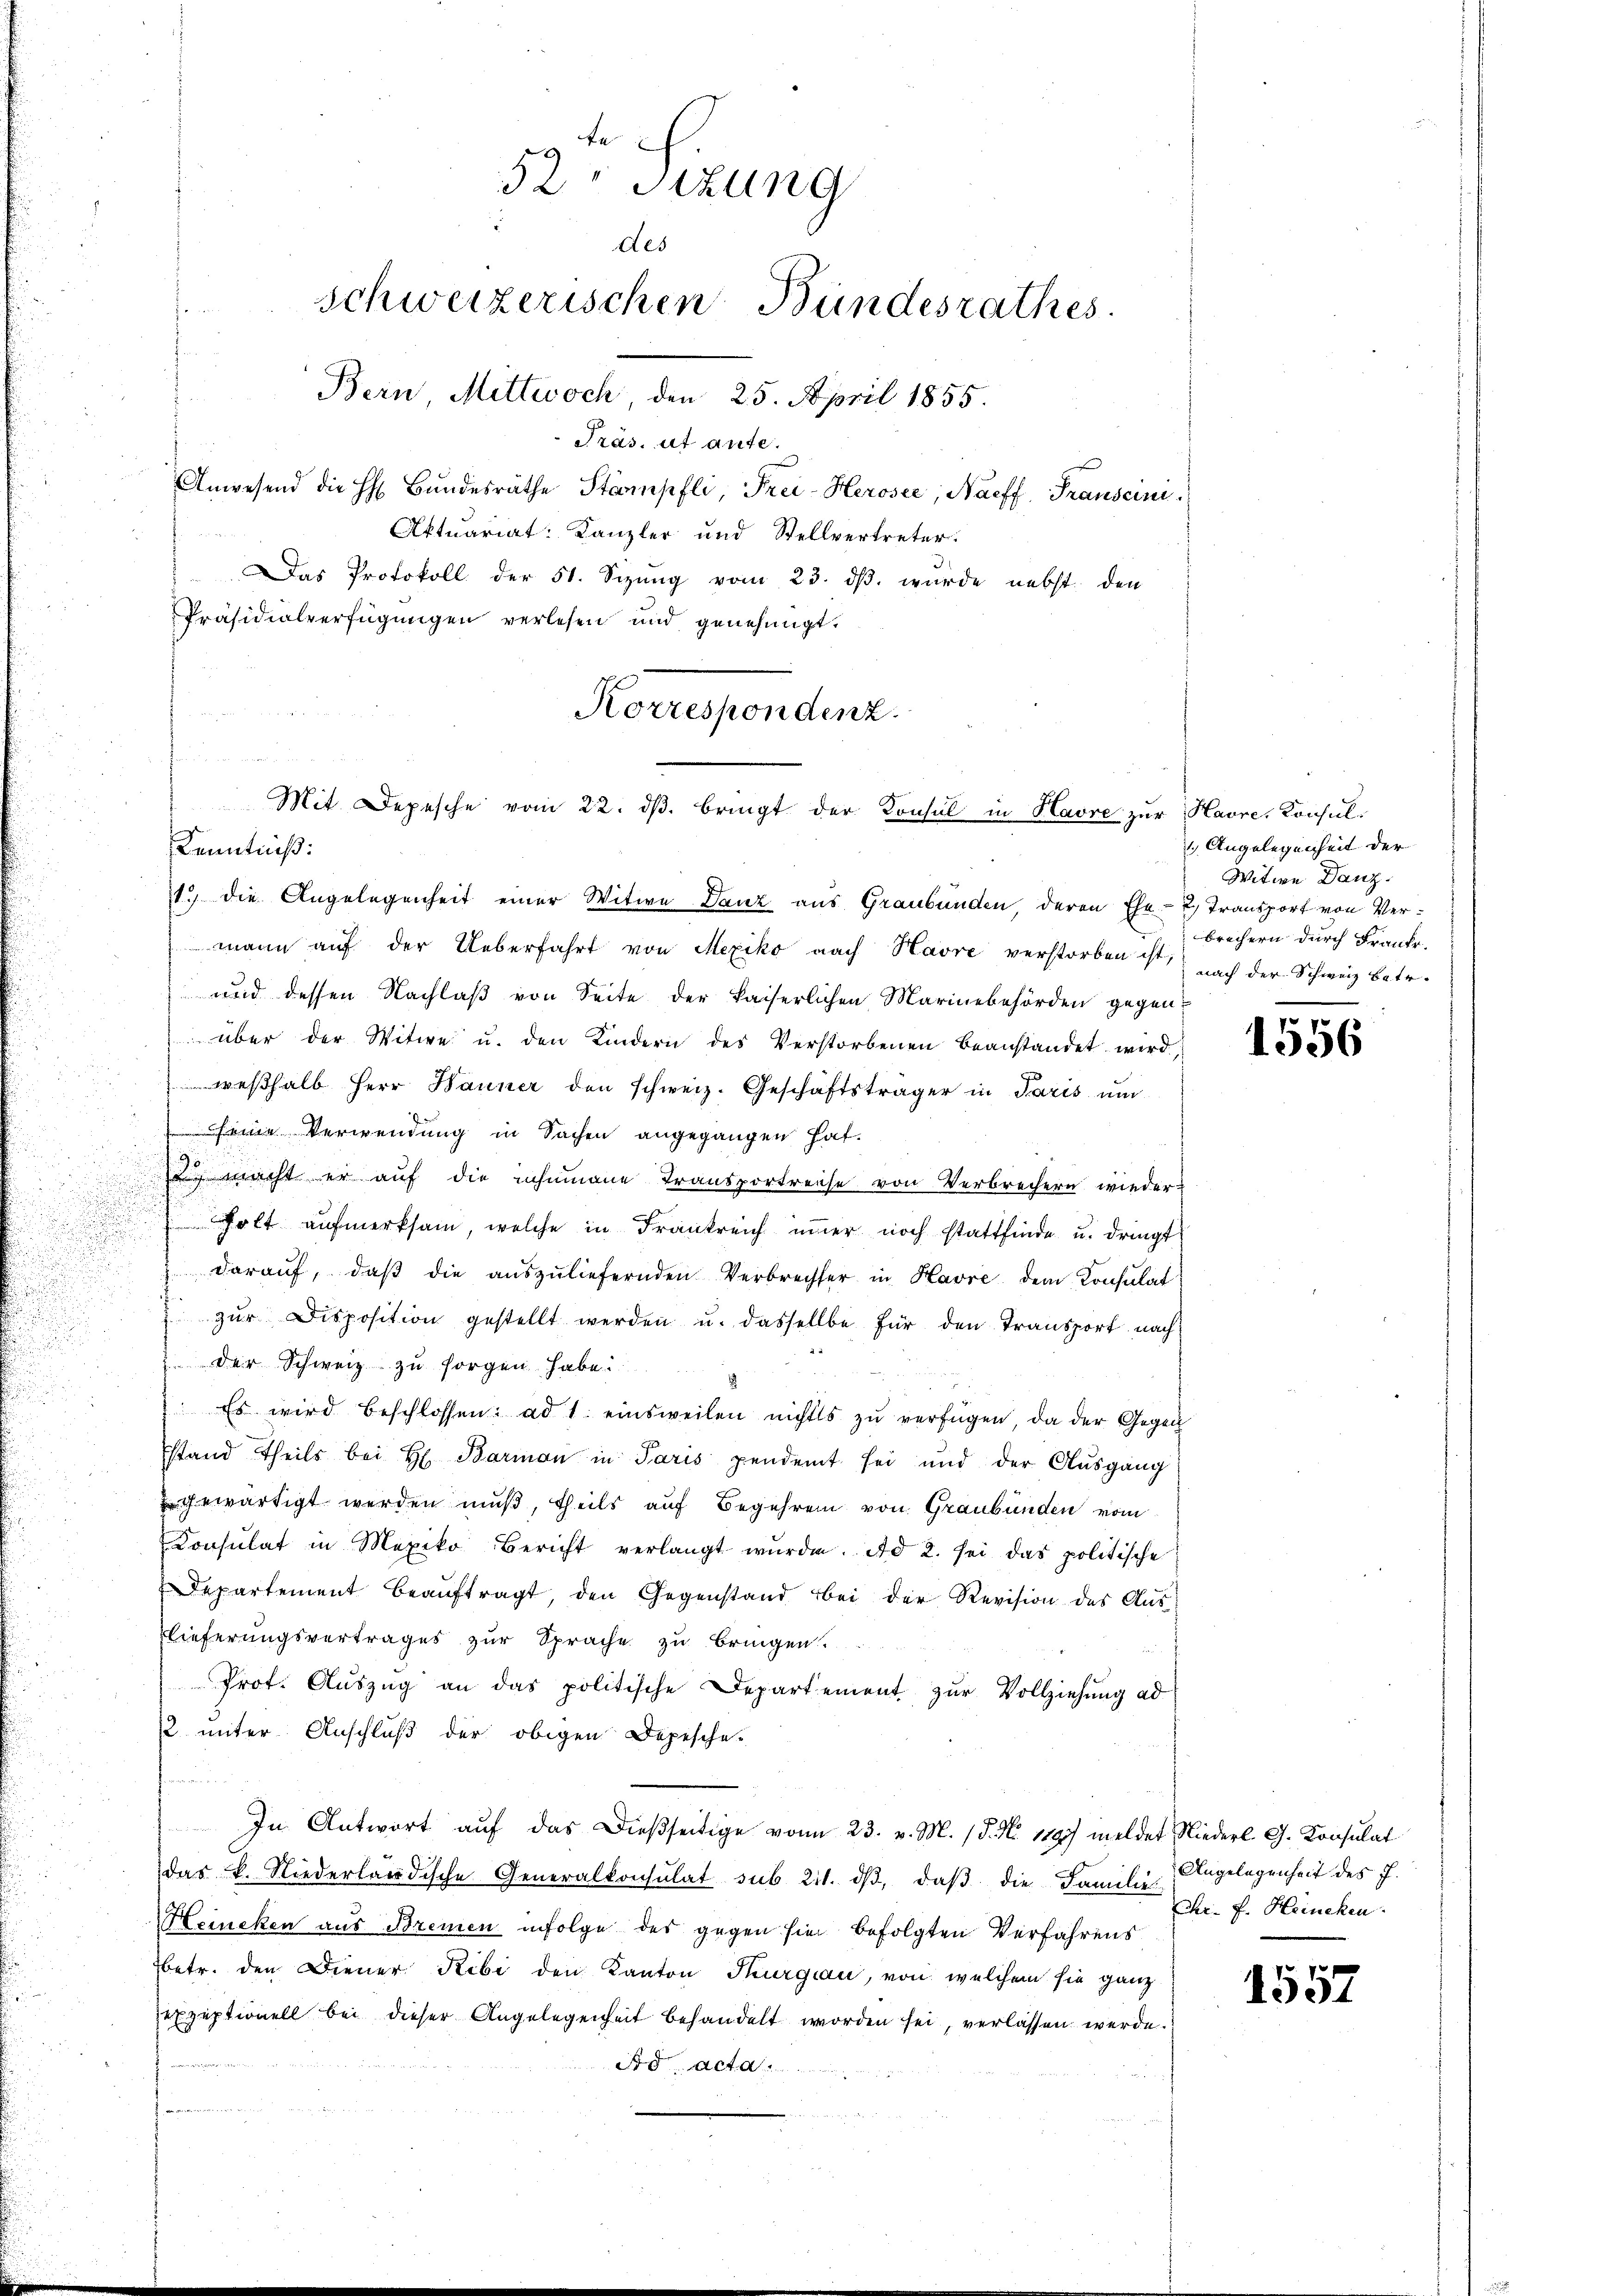
Präs. ut aufe.
Anwesend die H. Bŭndesräthe Stampfli, Frei-Herosee, Naeff, Transcini¬
Aktuariat: Kanzler und Stellvertreter.
Das Protokoll der 51. Sizung vom 23. ds. wurde nebst den
Präsidialverfügungen verlesen und genehmigt.
t
1.) Die Angelegenheit einer Witwe Danz aus Graubünden, deren Ehe- 2) Transport von Vermann aŭf der Ueberfahrt von Mexiko nach Havre verstorben ist nach der Schweiz betr.
und dessen Nachlaß von Seite der kaiserlichen Marinebehörden gegen-
über der Witwe u. den Kindern des Verstorbenen beanstandet wird,
weßhalb Herr Hauner den schweiz. Geschäftsträger in Paris um
ine Verwendung in Sachen angegangen hat.
u macht er auf die ehemane Transportreise von Verbrechern wieder-
Polt aufmerksam, welche in Frankreich immer noch stattfinde u. dringt
darauf, daß die auszuliefernden Verbrecher in Havre dem Consulat
 zŭr Disposition gestellt werden u. dasselbe für den Transport nach
2. der Schweiz zu sorgen habe.
 Es wird beschlossen: ad 1. einsweilen nichts zŭ verfügen, da der Gegen
stand Theils bei H. Barmon in Paris pendent sei und der Ausgang
gewärtigt werden muß, theils auf Begehren von Graubünden vom
Konsulat in Mexiko Bericht verlangt wŭrde. Ad 2. sei das politische
Departement beaŭftragt, den Gegenstand bei der Revision des Auslieferungsvertrages zŭr Sprache zu bringen.
Prot. Auszug an das politische Departement zur Vollziehung ad
2 unter Anschluß der obigen Depesche-
n
In Antwort aŭf das dießseitige von 23. v. M. 18. No. 1897 meldet Niederl. G. Konsulat
das k. Niederländische Generalkonsulat sub. 211. dβ, daβ die Familie Angelegenheit des J.
Heincken aus Bremen infolge des gegen sie befolgten Verfahrens
betr. den Diener Ribi den Kanton Thurgau, von welchem sie ganz
exzeptionell bei dieser Angelegenheit behandelt worden sei, verlassen werde.
Ad acta

te
52 Sitzung
des
schweizerischen Bundesrathes
Bern Mittwoch, den 25. April 1855.

Korrespondenz.
.
Mit Depesche vom 22. dβ. bringt der Konsul in Havre zur Havre, Konsul-
Kenntniß:

1 Angelegenheit der
Witwe Danz.
brechern durch Franke.

1556

Chr. f. Heincken.

1557